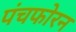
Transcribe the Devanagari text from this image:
पंचफोरन